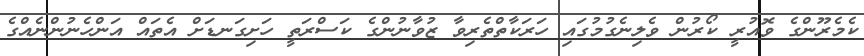
ކެމެރޫންގެ ވޮއުރީ ކޯރުން ވެލިނެގުމުގައި ހަރަކާތްތެރިވާ ޒުވާނުންގެ ކަސްރަތީ ހަށިގަނޑަށް އެތައް އަންހެނުންނެއްގެ